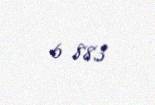
6 883